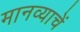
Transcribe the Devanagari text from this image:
मानव्याचें